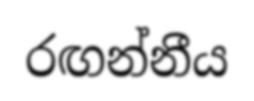
රඟන්නීය